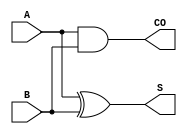

module HA_X1 (A, B, CO, S);
  input A;
  input B;
  output CO;
  output S;

  and(CO, A, B);
  xor(S, A, B);



endmodule